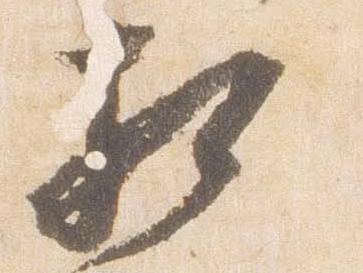
相